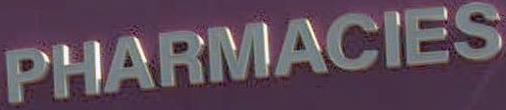
PHARMACIES